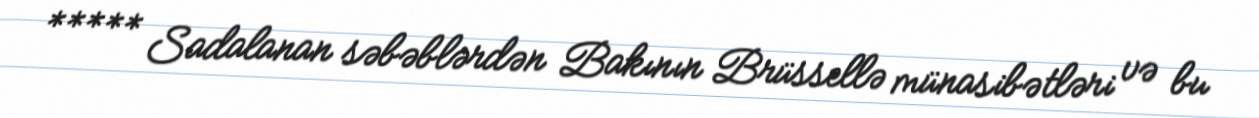
***** Sadalanan səbəblərdən Bakının Brüssellə münasibətləri və bu